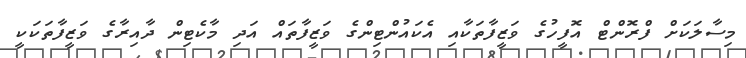
މިސާލަކަށް ފްރޮންޓް އޮފީހުގެ ވަޒީފާތަކާއި އެކައުންޓިންގެ ވަޒީފާތައް އަދި މާކެޓިން ދާއިރާގެ ވަޒީފާތަކަކީ